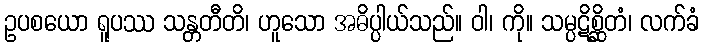
ဥပစယော ရူပဿ သန္တတီတိ၊ ဟူသော အဓိပ္ပါယ်သည်။ ဝါ၊ ကို။ သမ္ပဋိစ္ဆိတံ၊ လက်ခံ